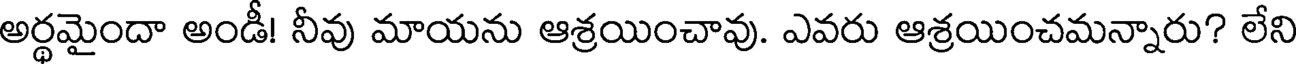
అర్థమైందా అండీ! నీవు మాయను ఆశ్రయించావు. ఎవరు ఆశ్రయించమన్నారు? లేని